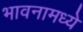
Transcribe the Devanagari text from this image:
भावनामध्ये